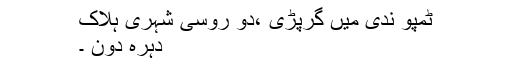
ٹمپو ندی میں گرپڑی ،دو روسی شہری ہلاک
دہرہ دون ۔